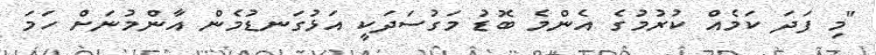
"މި ފަދަ ކަމެއް ކުރުމުގެ އެންމެ ބޮޑު މަގުސަދަކީ އަޅުގަނޑުމެން އާންމުނަށް ހަމަ